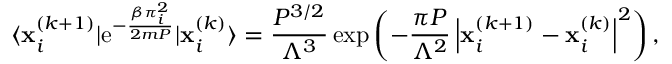
\langle \mathbf { x } _ { i } ^ { ( k + 1 ) } | \mathrm { e } ^ { - \frac { \beta \boldsymbol { \pi } _ { i } ^ { 2 } } { 2 m P } } | \mathbf { x } _ { i } ^ { ( k ) } \rangle = \frac { P ^ { 3 / 2 } } { \Lambda ^ { 3 } } \exp \left( - \frac { \pi P } { \Lambda ^ { 2 } } \left| \mathbf { x } _ { i } ^ { ( k + 1 ) } - \mathbf { x } _ { i } ^ { ( k ) } \right| ^ { 2 } \right) ,